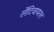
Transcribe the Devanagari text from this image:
लेंटिवायरल